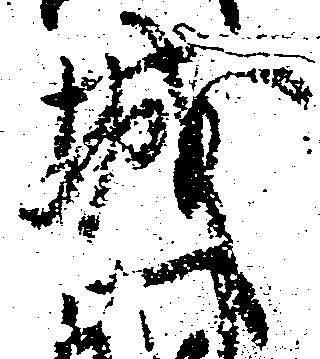
城